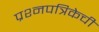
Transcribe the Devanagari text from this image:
प्रश्नपत्रिकेची